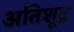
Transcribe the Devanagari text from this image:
अतिशूद्र